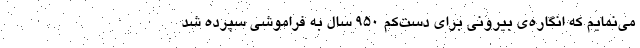
می‌نمایم که انگاره‌ی بیرونی برای دست‌کم ۹۵۰ سال به فراموشی سپرده شد